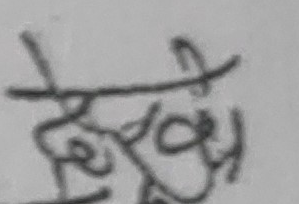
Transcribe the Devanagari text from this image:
देखि